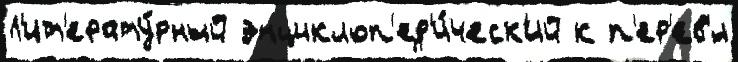
Л'ит'ерату́рный энциклоп'ед'и́ческ'ий к п'ер'ев'́л